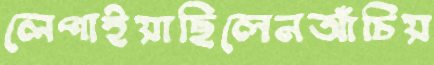
লেপাইয়াছিলেনআঁচিয়